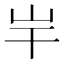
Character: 𡵃